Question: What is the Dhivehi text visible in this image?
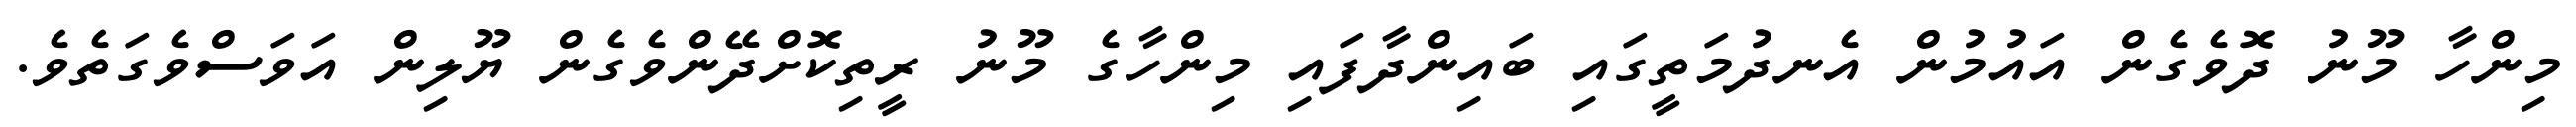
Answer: މިންހާ މޫނު ދޮވެގެން އައުމުން އެނދުމަތީގައި ބައިންދާފައި މިންހާގެ މޫނު ރީތިކޮށްދޭންވެގެން ޔޫލިން އަވަސްވެގަތެވެ.